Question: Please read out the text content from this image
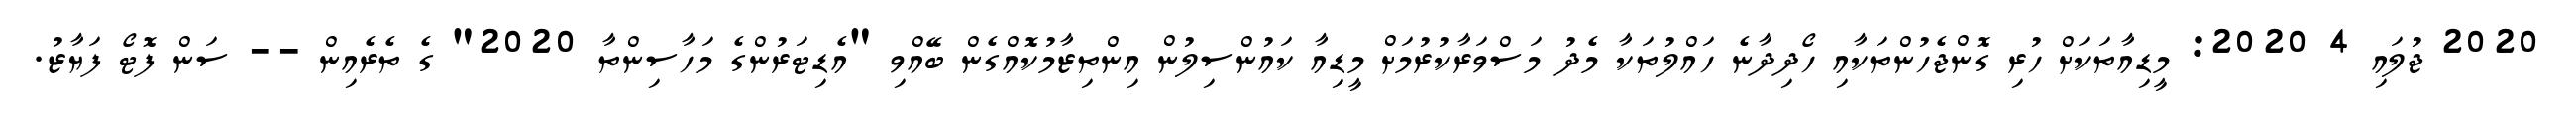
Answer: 2020 ޖުލައި 4 2020: މީޑިއާތަކަށް ހުރި ގޮންޖެހުންތަކާއި ހޯދިދާނެ ހައްލުތަކާ މެދު މަސްވަރާކުރުމަށް މީޑިއާ ކައުންސިލުން އިންތިޒާމުކޮއްގެން ބޭއްވި "އެޑިޓަރުންގެ މަހާސިންތާ 2020" ގެ ތެރެއިން -- ސަން ފޮޓޯ ފަޔާޒު.